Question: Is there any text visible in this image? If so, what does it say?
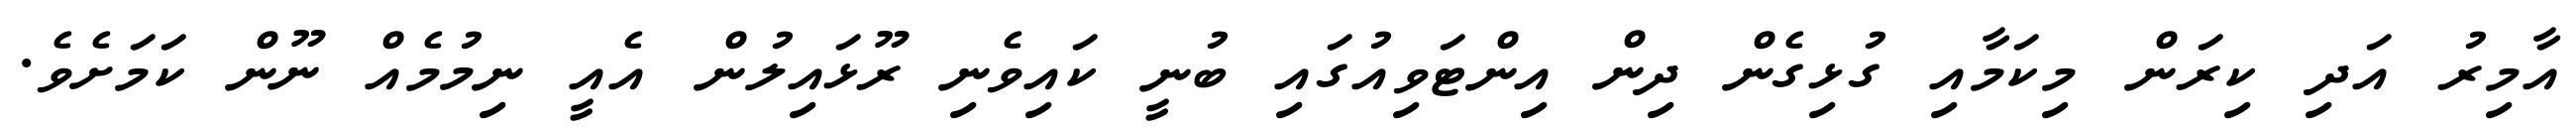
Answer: އާމިރު އަދި ކިރަން މިކަމާއި ގުޅިގެން ދިން އިންޓަވިއުގައި ބުނީ ކައިވެނި ރޫޅައިލުން އެއީ ނިމުމެއް ނޫން ކަމަށެވެ.